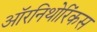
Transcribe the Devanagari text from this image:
ऑरनिथोरिंकस